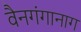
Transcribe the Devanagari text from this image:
वैनगंगानाग